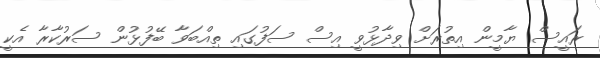
ރައީސް ޔާމީން އިތުރަށް ވިދާޅުވީ އިސް ސަފުގައި ތިއްބަވާ ބޭފުޅުން ސަރުކާރާ އެކީ